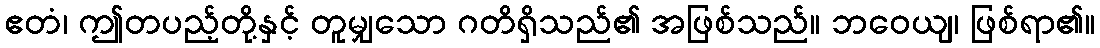
ဧတံ၊ ဤတပည့်တို့နှင့် တူမျှသော ဂတိရှိသည်၏ အဖြစ်သည်။ ဘဝေယျ၊ ဖြစ်ရာ၏။